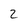
Character: 2